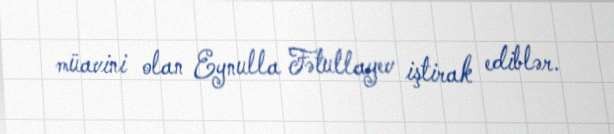
müavini olan Eynulla Fətullayev iştirak ediblər.